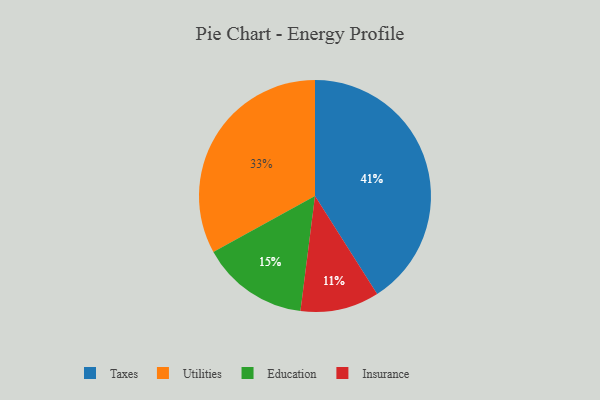
{"axis": {"x": "Category", "y": "Percentage"}, "legend": ["Education", "Insurance", "Taxes", "Utilities"], "data": [{"x": "Utilities", "y": 33, "type": "Utilities"}, {"x": "Insurance", "y": 11, "type": "Insurance"}, {"x": "Education", "y": 15, "type": "Education"}, {"x": "Taxes", "y": 41, "type": "Taxes"}]}